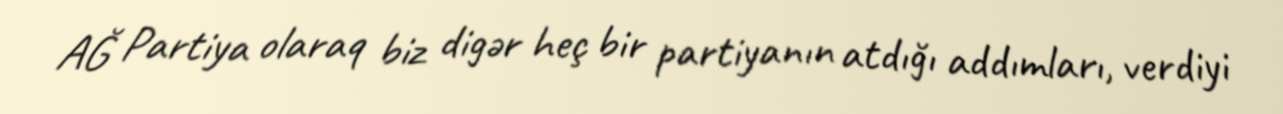
AĞ Partiya olaraq biz digər heç bir partiyanın atdığı addımları, verdiyi